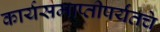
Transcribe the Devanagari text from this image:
कार्यसमाप्तीपर्यंतचे